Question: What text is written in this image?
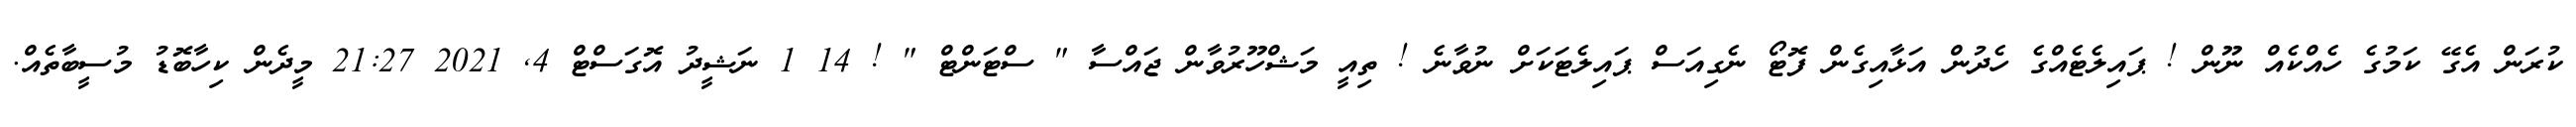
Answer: ކުރަން އެގޭ ކަމުގެ ހެއްކެއް ނޫން ! ޕައިލެޓެއްގެ ހެދުން އަޅާއިގެން ފޮޓޯ ނެގިއަސް ޕައިލެޓަކަށް ނުވާނެ ! ތިއީ މަޝްހޫރުވާން ޖައްސާ " ސްޓަންޓް " ! 14 1 ނަޝީދު އޮގަސްޓް 4, 2021 21:27 މީދެން ކިހާބޮޑު މުސީބާތެއް.